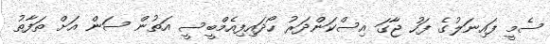
ސެމީ ފައިނަލުގެ ފަހު ޖާގަ އިސްކަންދަރު ހޯދައިފިއެމްބީސީ އަތުން ސަން އަށް ތަފާތު